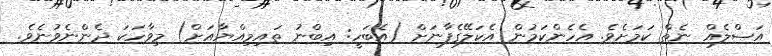
އަޞްލެއް ނެތް ކަމަށެވެ. އެހެންކަމުން އެކަލޭގެފާނަށް (އެބަހީ: އިބްނު ތައިމިއްޔާއަށް) މިވާހަކަ ދެންނެވުނެވެ.